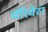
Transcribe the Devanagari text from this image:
मॅरियेटा